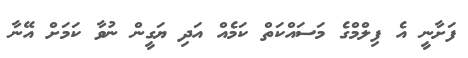
ފަށާނީ އެ ފިލްމްގެ މަސައްކަތް ކަމެއް އަދި ޔަގީން ނުވާ ކަމަށް އޭނާ